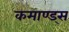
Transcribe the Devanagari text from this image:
कमाण्ड्स